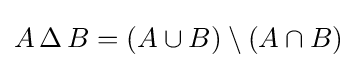
A\,\Delta \,B=(A\cup B)\setminus (A\cap B)